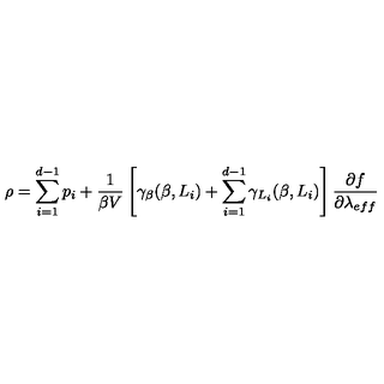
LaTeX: \rho = \sum _ { i = 1 } ^ { d - 1 } p _ { i } + \frac { 1 } { \beta V } \left[ \gamma _ { \beta } ( \beta , L _ { i } ) + \sum _ { i = 1 } ^ { d - 1 } \gamma _ { L _ { i } } ( \beta , L _ { i } ) \right] \frac { \partial f } { \partial \lambda _ { e f f } }